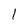
Character: 1